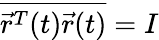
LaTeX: \overline{{\vec{r}^{T}(t)\vec{r}(t)}}=I